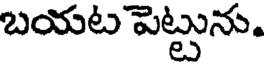
బయట పెట్టును.